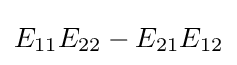
E_{11}E_{22}-E_{21}E_{12}